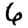
Digit: 6